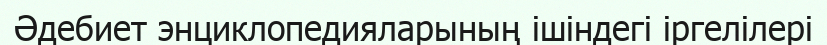
Әдебиет энциклопедияларының ішіндегі іргелілері